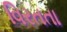
વિરતતા